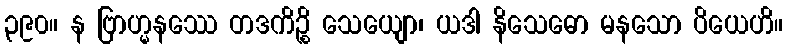
၃၉၀။ န ဗြာဟ္မနဿေ တဒကိဉ္စိ သေယျော၊ ယဒါ နိသေဓော မနသော ပိယေဟိ။